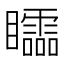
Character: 𥌼